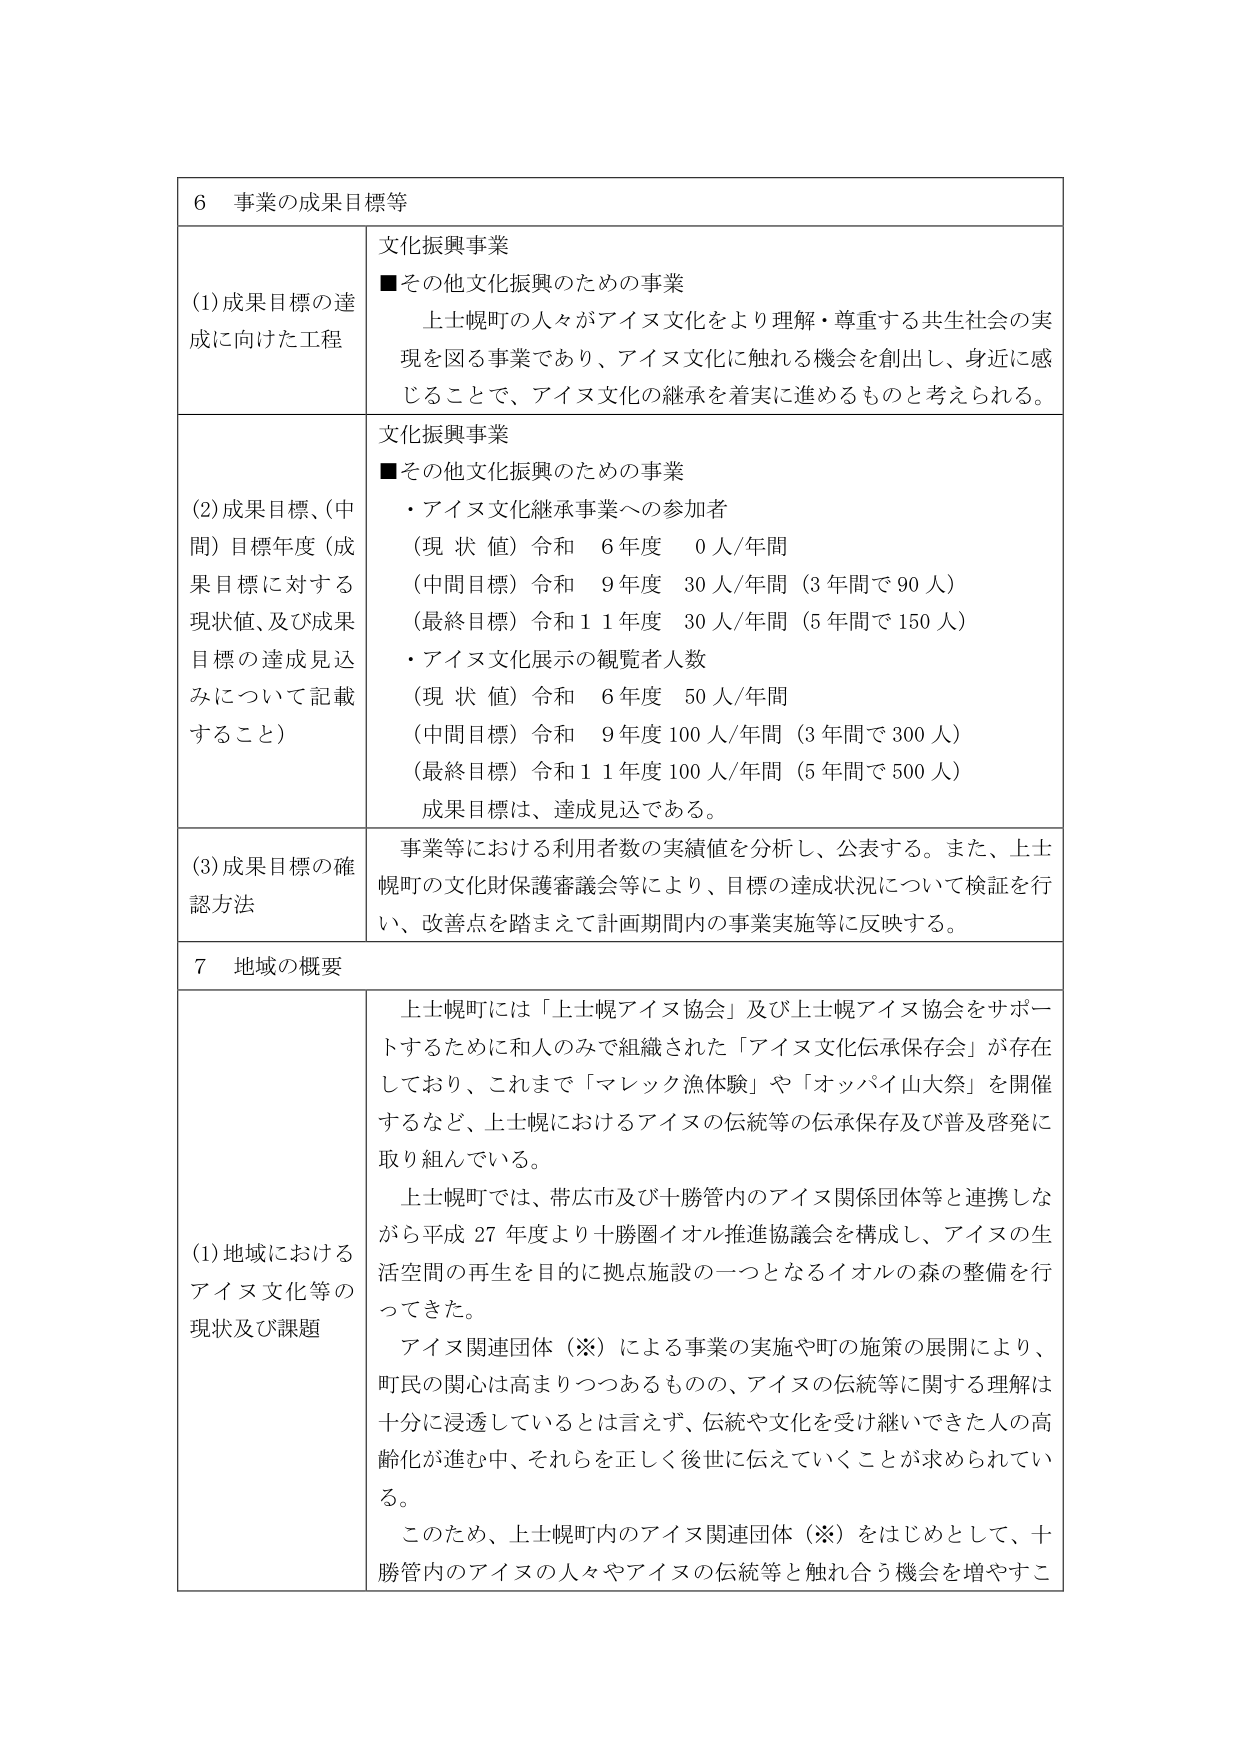
6 事業の成果目標等

(1) 成果目標の達成に向けた工程
文化振興事業
■その他文化振興のための事業
上士幌町の人々がアイヌ文化をより理解・尊重する共生社会の実現を図る事業であり、アイヌ文化に触れる機会を創出し、身近に感じることで、アイヌ文化の継承を着実に進めるものと考えられる。

(2) 成果目標、(中間)目標年度（成果目標に対する現状値、及び成果目標の達成見込みについて記載すること）
文化振興事業
■その他文化振興のための事業
・アイヌ文化継承事業への参加者
（現状値）令和 6年度 0人/年間
（中間目標）令和 9年度 30人/年間（3年間で90人）
（最終目標）令和11年度 30人/年間（5年間で150人）
・アイヌ文化展示の観覧者人数
（現状値）令和 6年度 50人/年間
（中間目標）令和 9年度 100人/年間（3年間で300人）
（最終目標）令和11年度 100人/年間（5年間で500人）
成果目標は、達成見込である。

(3) 成果目標の確認方法
事業等における利用者数の実績値を分析し、公表する。また、上士幌町の文化財保護審議会等により、目標の達成状況について検証を行い、改善点を踏まえて計画期間内の事業実施等に反映する。

7 地域の概要

(1) 地域におけるアイヌ文化等の現状及び課題
上士幌町には「上士幌アイヌ協会」及び上士幌アイヌ協会をサポートするために和人のみで組織された「アイヌ文化伝承保存会」が存在しており、これまで「マレック漁体験」や「オッパイ山大祭」を開催するなど、上士幌におけるアイヌの伝統等の伝承保存及び普及啓発に取り組んでいる。
上士幌町では、帯広市及び十勝管内のアイヌ関係団体等と連携しながら平成27年度より十勝圏イオル推進協議会を構成し、アイヌの生活空間の再生を目的に拠点施設の一つとなるイオルの森の整備を行ってきた。
アイヌ関連団体（※）による事業の実施や町の施策の展開により、町民の関心は高まりつつあるものの、アイヌの伝統等に関する理解は十分に浸透しているとは言えず、伝統や文化を受け継いできた人の高齢化が進む中、それらを正しく後世に伝えていくことが求められている。
このため、上士幌町内のアイヌ関連団体（※）をはじめとして、十勝管内のアイヌの人々やアイヌの伝統等と触れ合う機会を増やすこ